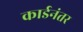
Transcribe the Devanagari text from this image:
कार्डनंतर